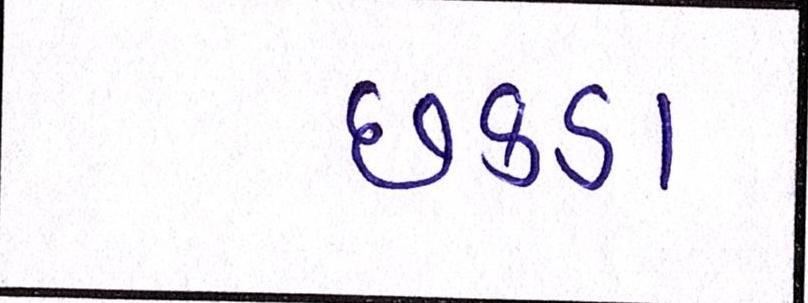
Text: છકડા